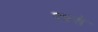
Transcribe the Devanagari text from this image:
२४से